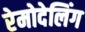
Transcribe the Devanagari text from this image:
रेमोदेलिंग